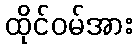
ထိုင်ဝမ်အား